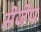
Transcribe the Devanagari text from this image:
सेजेप